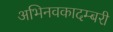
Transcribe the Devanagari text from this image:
अभिनवकादम्बरी